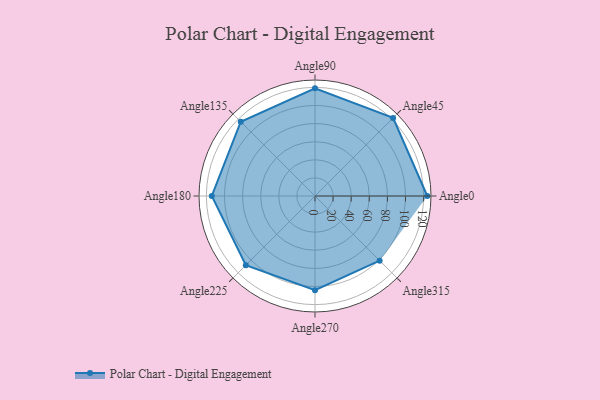
{"axis": {"x": "Angle", "y": "Radius"}, "legend": [""], "data": [{"x": "Angle0", "y": 124.0, "type": ""}, {"x": "Angle45", "y": 122.0, "type": ""}, {"x": "Angle90", "y": 119.0, "type": ""}, {"x": "Angle135", "y": 116.0, "type": ""}, {"x": "Angle180", "y": 114.0, "type": ""}, {"x": "Angle225", "y": 108.0, "type": ""}, {"x": "Angle270", "y": 104.0, "type": ""}, {"x": "Angle315", "y": 101.0, "type": ""}]}